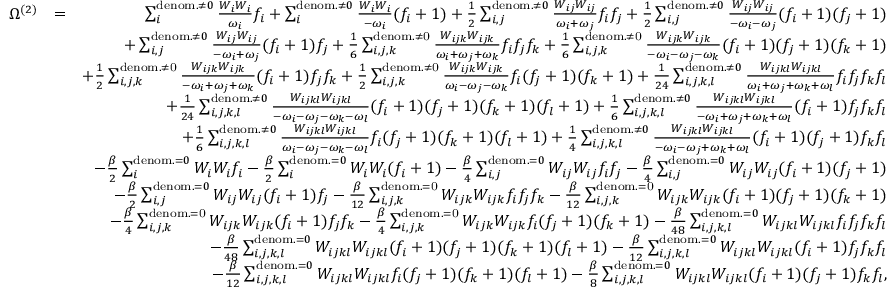
\begin{array} { r l r } { \Omega ^ { ( 2 ) } } & { = } & { \sum _ { i } ^ { \mathrm { d e n o m . } \neq 0 } \frac { W _ { i } W _ { i } } { \omega _ { i } } f _ { i } + \sum _ { i } ^ { \mathrm { d e n o m . } \neq 0 } \frac { W _ { i } W _ { i } } { - \omega _ { i } } ( f _ { i } + 1 ) + \frac { 1 } { 2 } \sum _ { i , j } ^ { \mathrm { d e n o m . } \neq 0 } \frac { W _ { i j } W _ { i j } } { \omega _ { i } + \omega _ { j } } f _ { i } f _ { j } + \frac { 1 } { 2 } \sum _ { i , j } ^ { \mathrm { d e n o m . } \neq 0 } \frac { W _ { i j } W _ { i j } } { - \omega _ { i } - \omega _ { j } } ( f _ { i } + 1 ) ( f _ { j } + 1 ) } \\ & { } & { + \sum _ { i , j } ^ { \mathrm { d e n o m . } \neq 0 } \frac { W _ { i j } W _ { i j } } { - \omega _ { i } + \omega _ { j } } ( f _ { i } + 1 ) f _ { j } + \frac { 1 } { 6 } \sum _ { i , j , k } ^ { \mathrm { d e n o m . \neq 0 } } \frac { W _ { i j k } W _ { i j k } } { \omega _ { i } + \omega _ { j } + \omega _ { k } } f _ { i } f _ { j } f _ { k } + \frac { 1 } { 6 } \sum _ { i , j , k } ^ { \mathrm { d e n o m . \neq 0 } } \frac { W _ { i j k } W _ { i j k } } { - \omega _ { i } - \omega _ { j } - \omega _ { k } } ( f _ { i } + 1 ) ( f _ { j } + 1 ) ( f _ { k } + 1 ) } \\ & { } & { + \frac { 1 } { 2 } \sum _ { i , j , k } ^ { \mathrm { d e n o m . \neq 0 } } \frac { W _ { i j k } W _ { i j k } } { - \omega _ { i } + \omega _ { j } + \omega _ { k } } ( f _ { i } + 1 ) f _ { j } f _ { k } + \frac { 1 } { 2 } \sum _ { i , j , k } ^ { \mathrm { d e n o m . \neq 0 } } \frac { W _ { i j k } W _ { i j k } } { \omega _ { i } - \omega _ { j } - \omega _ { k } } f _ { i } ( f _ { j } + 1 ) ( f _ { k } + 1 ) + \frac { 1 } { 2 4 } \sum _ { i , j , k , l } ^ { \mathrm { d e n o m . } \neq 0 } \frac { W _ { i j k l } W _ { i j k l } } { \omega _ { i } + \omega _ { j } + \omega _ { k } + \omega _ { l } } f _ { i } f _ { j } f _ { k } f _ { l } } \\ & { } & { + \frac { 1 } { 2 4 } \sum _ { i , j , k , l } ^ { \mathrm { d e n o m . } \neq 0 } \frac { W _ { i j k l } W _ { i j k l } } { - \omega _ { i } - \omega _ { j } - \omega _ { k } - \omega _ { l } } ( f _ { i } + 1 ) ( f _ { j } + 1 ) ( f _ { k } + 1 ) ( f _ { l } + 1 ) + \frac { 1 } { 6 } \sum _ { i , j , k , l } ^ { \mathrm { d e n o m . } \neq 0 } \frac { W _ { i j k l } W _ { i j k l } } { - \omega _ { i } + \omega _ { j } + \omega _ { k } + \omega _ { l } } ( f _ { i } + 1 ) f _ { j } f _ { k } f _ { l } } \\ & { } & { + \frac { 1 } { 6 } \sum _ { i , j , k , l } ^ { \mathrm { d e n o m . } \neq 0 } \frac { W _ { i j k l } W _ { i j k l } } { \omega _ { i } - \omega _ { j } - \omega _ { k } - \omega _ { l } } f _ { i } ( f _ { j } + 1 ) ( f _ { k } + 1 ) ( f _ { l } + 1 ) + \frac { 1 } { 4 } \sum _ { i , j , k , l } ^ { \mathrm { d e n o m . } \neq 0 } \frac { W _ { i j k l } W _ { i j k l } } { - \omega _ { i } - \omega _ { j } + \omega _ { k } + \omega _ { l } } ( f _ { i } + 1 ) ( f _ { j } + 1 ) f _ { k } f _ { l } } \\ & { } & { - \frac { \beta } { 2 } \sum _ { i } ^ { \mathrm { d e n o m . } = 0 } W _ { i } W _ { i } { f _ { i } } - \frac { \beta } { 2 } \sum _ { i } ^ { \mathrm { d e n o m . } = 0 } W _ { i } W _ { i } { ( f _ { i } + 1 } ) - \frac { \beta } { 4 } \sum _ { i , j } ^ { \mathrm { d e n o m . } = 0 } W _ { i j } W _ { i j } f _ { i } f _ { j } - \frac { \beta } { 4 } \sum _ { i , j } ^ { \mathrm { d e n o m . } = 0 } W _ { i j } W _ { i j } ( f _ { i } + 1 ) ( f _ { j } + 1 ) } \\ & { } & { - \frac { \beta } { 2 } \sum _ { i , j } ^ { \mathrm { d e n o m . } = 0 } W _ { i j } W _ { i j } { ( f _ { i } + 1 ) f _ { j } } - \frac { \beta } { 1 2 } \sum _ { i , j , k } ^ { \mathrm { d e n o m . = 0 } } W _ { i j k } W _ { i j k } { f _ { i } f _ { j } f _ { k } } - \frac { \beta } { 1 2 } \sum _ { i , j , k } ^ { \mathrm { d e n o m . = 0 } } W _ { i j k } W _ { i j k } { ( f _ { i } + 1 ) ( f _ { j } + 1 ) ( f _ { k } + 1 ) } } \\ & { } & { - \frac { \beta } { 4 } \sum _ { i , j , k } ^ { \mathrm { d e n o m . = 0 } } W _ { i j k } W _ { i j k } { ( f _ { i } + 1 ) f _ { j } f _ { k } } - \frac { \beta } { 4 } \sum _ { i , j , k } ^ { \mathrm { d e n o m . = 0 } } W _ { i j k } W _ { i j k } { f _ { i } ( f _ { j } + 1 ) ( f _ { k } + 1 ) } - \frac { \beta } { 4 8 } \sum _ { i , j , k , l } ^ { \mathrm { d e n o m . } = 0 } W _ { i j k l } W _ { i j k l } f _ { i } f _ { j } f _ { k } f _ { l } } \\ & { } & { - \frac { \beta } { 4 8 } \sum _ { i , j , k , l } ^ { \mathrm { d e n o m . } = 0 } W _ { i j k l } W _ { i j k l } ( f _ { i } + 1 ) ( f _ { j } + 1 ) ( f _ { k } + 1 ) ( f _ { l } + 1 ) - \frac { \beta } { 1 2 } \sum _ { i , j , k , l } ^ { \mathrm { d e n o m . } = 0 } W _ { i j k l } W _ { i j k l } ( f _ { i } + 1 ) f _ { j } f _ { k } f _ { l } } \\ & { } & { - \frac { \beta } { 1 2 } \sum _ { i , j , k , l } ^ { \mathrm { d e n o m . } = 0 } W _ { i j k l } W _ { i j k l } f _ { i } ( f _ { j } + 1 ) ( f _ { k } + 1 ) ( f _ { l } + 1 ) - \frac { \beta } { 8 } \sum _ { i , j , k , l } ^ { \mathrm { d e n o m . } = 0 } W _ { i j k l } W _ { i j k l } ( f _ { i } + 1 ) ( f _ { j } + 1 ) f _ { k } f _ { l } , } \end{array}